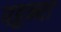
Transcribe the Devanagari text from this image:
पहुन्चा